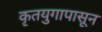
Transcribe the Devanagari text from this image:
कृतयुगापासून